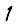
Digit: 1